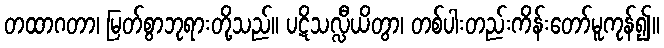
တထာဂတာ၊ မြတ်စွာဘုရားတို့သည်။ ပဋိသလ္လီယိတွာ၊ တစ်ပါးတည်းကိန်းတော်မူကုန်၍။